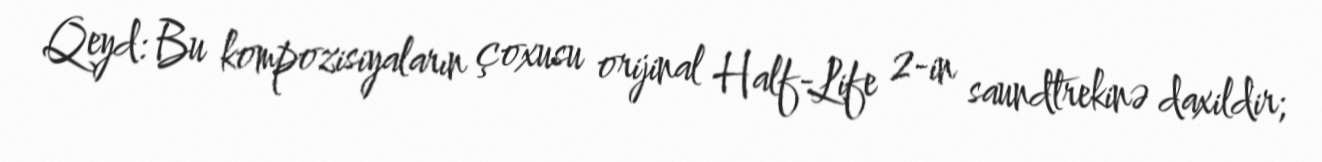
Qeyd: Bu kompozisiyaların çoxusu orijinal Half-Life 2-in saundtrekinə daxildir;